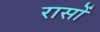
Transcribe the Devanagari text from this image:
रासों